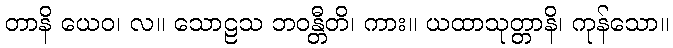
တာနိ ယေဝ၊ လ။ သောဠသ ဘဝန္တီတိ၊ ကား။ ယထာသုတ္တာနိ၊ ကုန်သော။